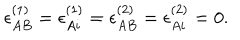
\epsilon _ { A B } ^ { ( 1 ) } = \epsilon _ { A i } ^ { ( 1 ) } = \epsilon _ { A B } ^ { ( 2 ) } = \epsilon _ { A i } ^ { ( 2 ) } = 0 .